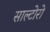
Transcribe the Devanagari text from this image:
साल्टोरो